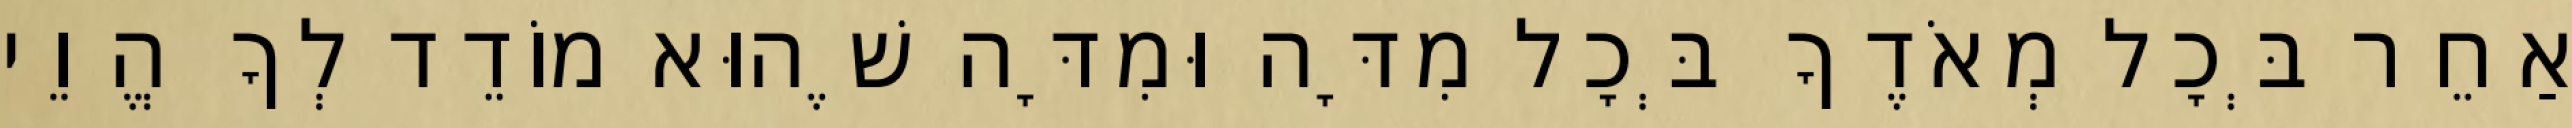
אַחֵר בְּכָל מְאֹדֶךָ בְּכָל מִדָּה וּמִדָּה שֶׁהוּא מוֹדֵד לְךָ הֱוֵי